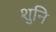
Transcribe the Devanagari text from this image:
शुनि